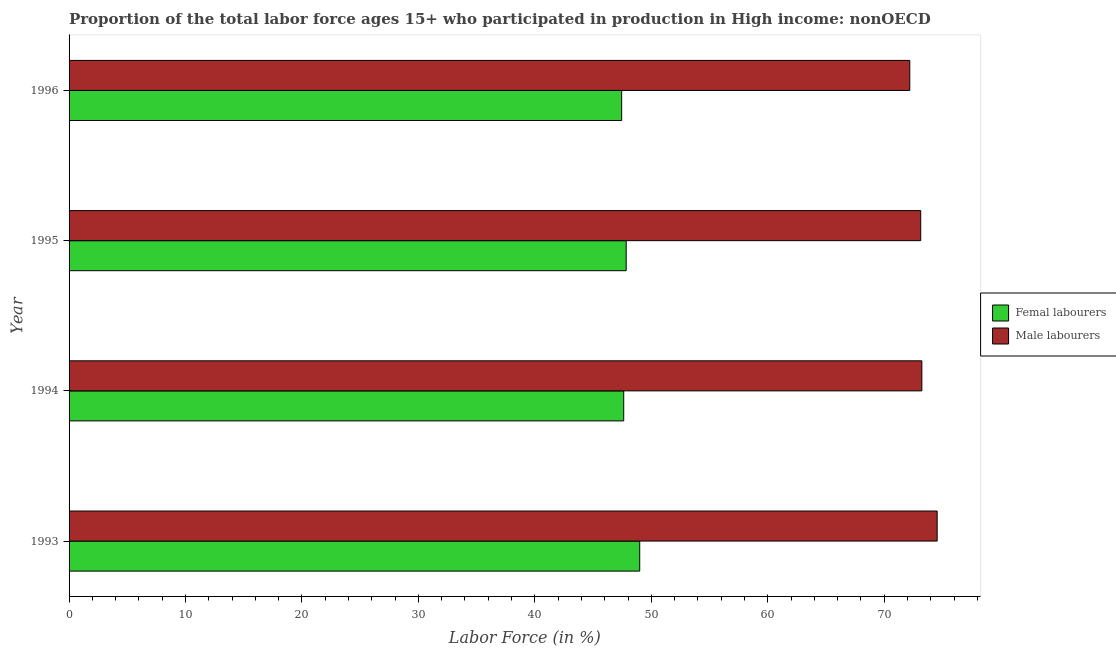
| Year | Femal labourers | Male labourers |
 | --- | --- | --- |
 | 1993 | 49 | 74.6 |
 | 1994 | 47.6 | 73.2 |
 | 1995 | 47.8 | 73.1 |
 | 1996 | 47.5 | 72.2 |